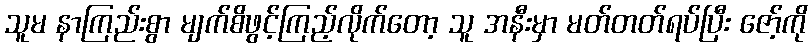
သူမ နာကြည်းစွာ မျက်စိဖွင့်ကြည့်လိုက်တော့ သူ အနီးမှာ မတ်တတ်ရပ်ပြီး ဇော့်ကို